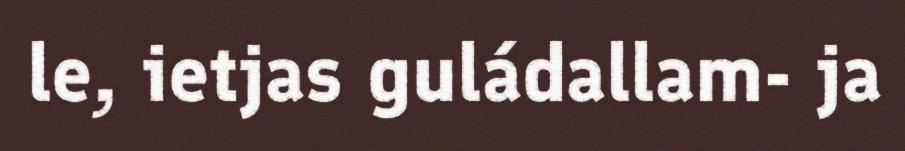
le, ietjas guládallam- ja